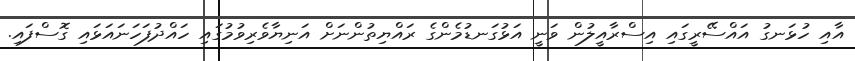
އާއި ހުޅަނގު އައްސޭރީގައި އިސްރާއީލުން ވަނީ އަޅުގަނޑުމެންގެ ރައްޔިތުންނަށް އަނިޔާވެރިވުމުގައި ހައްދުފަހަަނައަޅައި ގޮސްފައި.